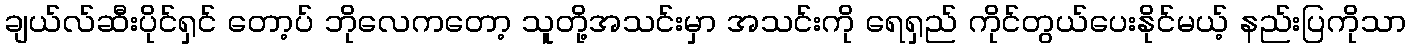
ချယ်လ်ဆီးပိုင်ရှင် တော့ပ် ဘိုလေကတော့ သူတို့အသင်းမှာ အသင်းကို ရေရှည် ကိုင်တွယ်ပေးနိုင်မယ့် နည်းပြကိုသာ